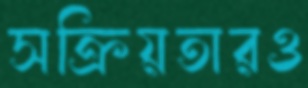
সক্রিয়তারও